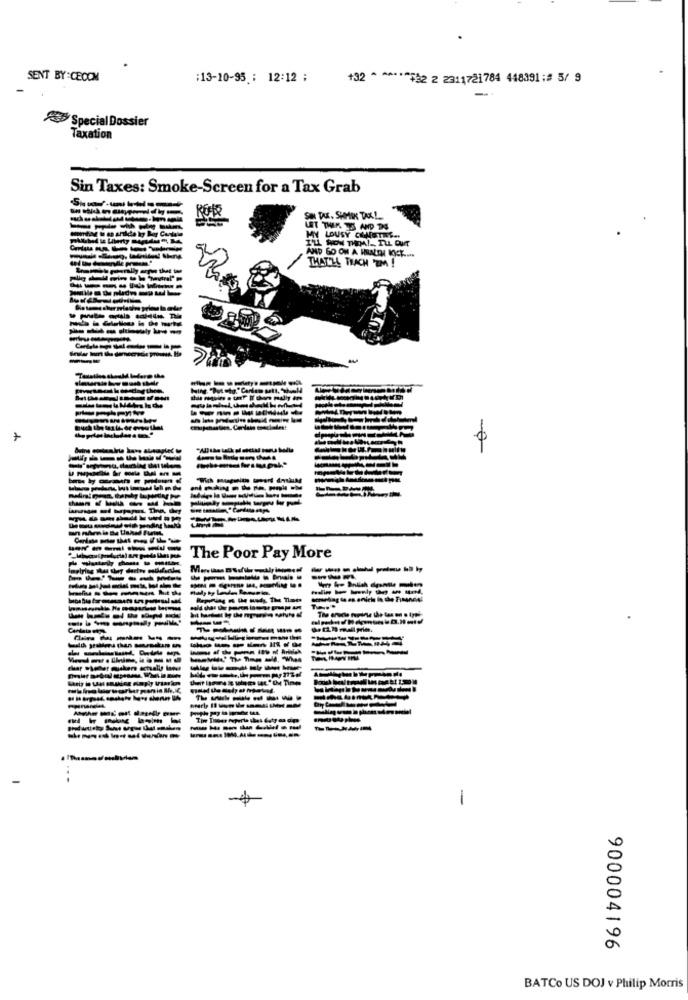
SENT BY :CECOM
:13-10-95 ; 12:12 ;
132 * ******* 2 2 2311721784 448391;# 5/ 9
Special Dossier
Taxation
Sin Taxes: Smoke-Screen for a Tax Grab
LET THEK TS AND DE
MY LOUSY CONOTRE ..
AND GO ON A HALDE RICT -....
THAT'LL TEACH TM !
-------
---------
---------
The Poor Pay More
------
--------
Th ------
-----
..
-
900004196
BATCo US DOJ v Philip Morris